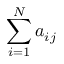
\sum _ { i = 1 } ^ { N } a _ { i j }